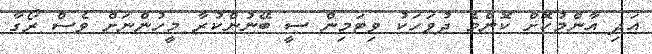
އަދި އާންމުކޮށް ކޮންމެ ދުވަހަކު ވިޓަމިން ސީ ބޭނުންކުރާ މީހުންނަށް ވެސް ރޯގާ